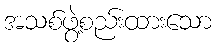
အသစ်ဖွဲ့စည်းထားသော